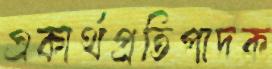
একার্থপ্রতিপাদক